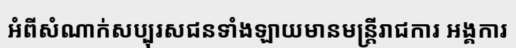
អំពីសំណាក់សប្បុរសជនទាំងឡាយមានមន្ត្រីរាជការ អង្គការ